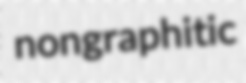
nongraphitic